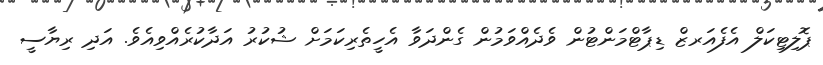
ޕޮލިޓިކަލް އެފެއަރޒް ޑިޕާޓްމަންޓުން ވެދެއްވަމުން ގެންދަވާ އެހީތެރިކަމަށް ޝުކުރު އަދާކުރެއްވިއެވެ. އަދި ރިޔާސީ